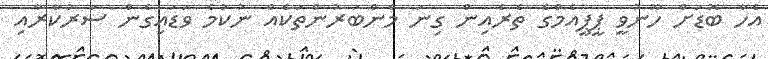
އެހާ ބޮޑަށް ހޫނުވީ ޕީޕީއެމްގެ ތެރެއިން ގިނަ މެންބަރުންތަކެއް ނުކުމެ ވަޑައިގެން ސަރުކާރާއި